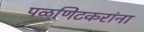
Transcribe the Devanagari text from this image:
पळणिटकरांना